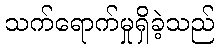
သက်ရောက်မှုရှိခဲ့သည်